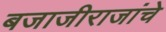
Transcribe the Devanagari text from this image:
बजाजीराजांचे